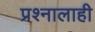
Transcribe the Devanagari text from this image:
प्रश्नालाही